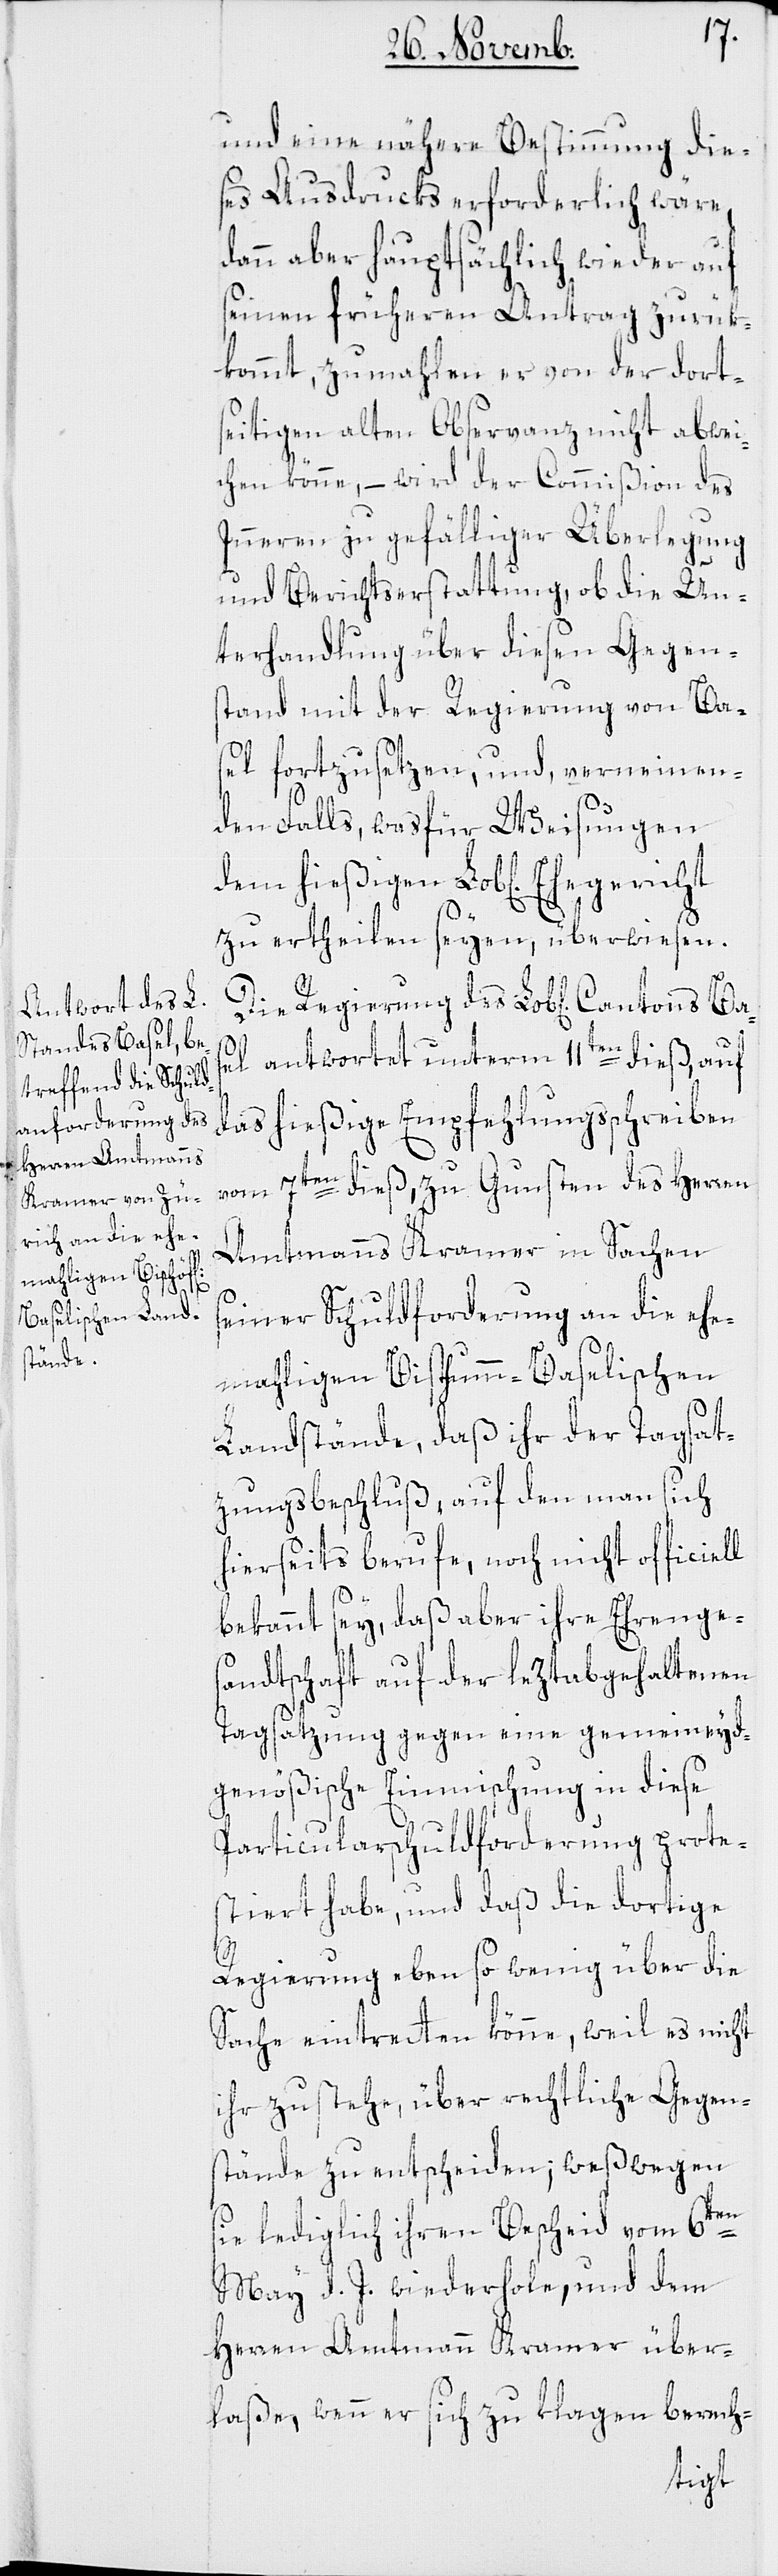
Bas¬

und eine nähere Bestimmung die¬
ses Ausdrucks erforderlich wäre,
dann aber hauptsächlich wieder auf
seinen früheren Antrag zurük¬
kommt, zumahlen er von der dort¬
seitigen alten Observanz nicht abwei¬
chen könne, – wird der Commißion des
Inneren zu gefälliger Überlegung
und Berichtserstattung, ob die Un¬
terhandlung über diesen Gegen¬
stand mit der Regierung von Ba¬
sel fortzusetzen, und, verneinen¬
den Falls, was für Weisungen
zu ertheilen seyen, überwiesen.
Die Regierung des Lob[lichen] Can¬
el antwortet unterm 11ten dieß, auf
das hießige Empfehlungsschreiben
vom 7ten dieß, zu Gunsten des Herren
Amtmanns Kramer in Sachen
seiner Schuldforderung an die ehe¬
maligen Bisthum-Baselischen
Landstände, daß ihr der Tagsat¬
zungsbeschluß, auf den man sich
hierseits berufe, noch nicht officiell
bekannt sey, daß aber ihre Ehrenges¬
andtschaft auf der leztabgehaltenen
Tagsatzung gegen eine gemeineyd¬
genößische Einmischung in diese
Particularschuldforderung prote¬
stiert habe, und daß die dortige
Regierung eben so wenig über die
Sache eintretten könne, weil es nicht
ihr zustehe, über rechtliche Gegen¬
stände zu entscheiden; weßwegen
tons
sie lediglich ihren Bescheid vom 6ten
May d. J. wiederhole, und dem
Herren Amtmann Kramer über¬
laße, wenn er sich zu klagen berech-